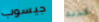
جيسوب كذلك